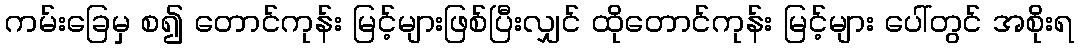
ကမ်းခြေမှ စ၍ တောင်ကုန်း မြင့်များဖြစ်ပြီးလျှင် ထိုတောင်ကုန်း မြင့်များ ပေါ်တွင် အစိုးရ